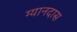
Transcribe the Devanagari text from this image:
ग्यानदास